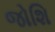
જોશિ